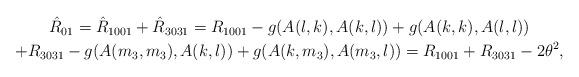
LaTeX: \begin{align*}\begin{gathered}\hat{R}_{01}=\hat{R}_{1001}+\hat{R}_{3031}=R_{1001}-g(A(l,k),A(k,l))+g(A(k,k),A(l,l))\\+R_{3031}-g(A(m_3,m_3),A(k,l))+g(A(k,m_3),A(m_3,l))={R}_{1001}+{R}_{3031}-2\theta^2,\end{gathered}\end{align*}